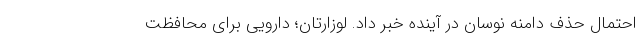
احتمال حذف دامنه نوسان در آینده خبر داد. لوزارتان؛ دارویی برای محافظت